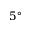
5 ^ { \circ }